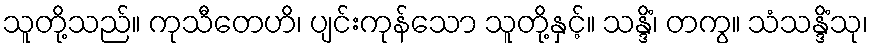
သူတို့သည်။ ကုသီတေဟိ၊ ပျင်းကုန်သော သူတို့နှင့်။ သန္ဒိံ၊ တကွ။ သံသန္ဒိံသု၊